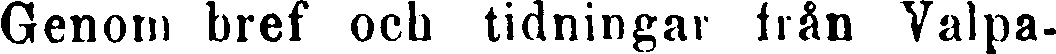
Genom bref och tidningar från Valpa-